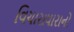
વિચારાધારાનો